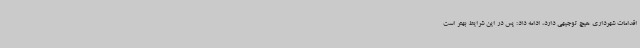
اقدامات شهرداری هیچ توجیهی دارد، ادامه داد: پس در این شرایط بهتر است